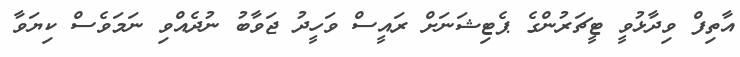
އާތިފް ވިދާޅުވީ ޓީޗަރުންގެ ޕެޓިޝަނަށް ރައީސް ވަހީދު ޖަވާބު ނުދެއްވި ނަމަވެސް ކިޔަވާ